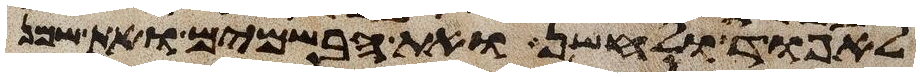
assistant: לאפוד ולחשן ואת הבשמים ואת שמן